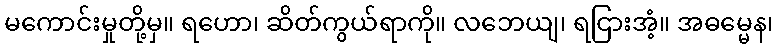
မကောင်းမှုတို့မှ။ ရဟော၊ ဆိတ်ကွယ်ရာကို။ လဘေယျ၊ ရငြားအံ့။ အဓမ္မေန၊